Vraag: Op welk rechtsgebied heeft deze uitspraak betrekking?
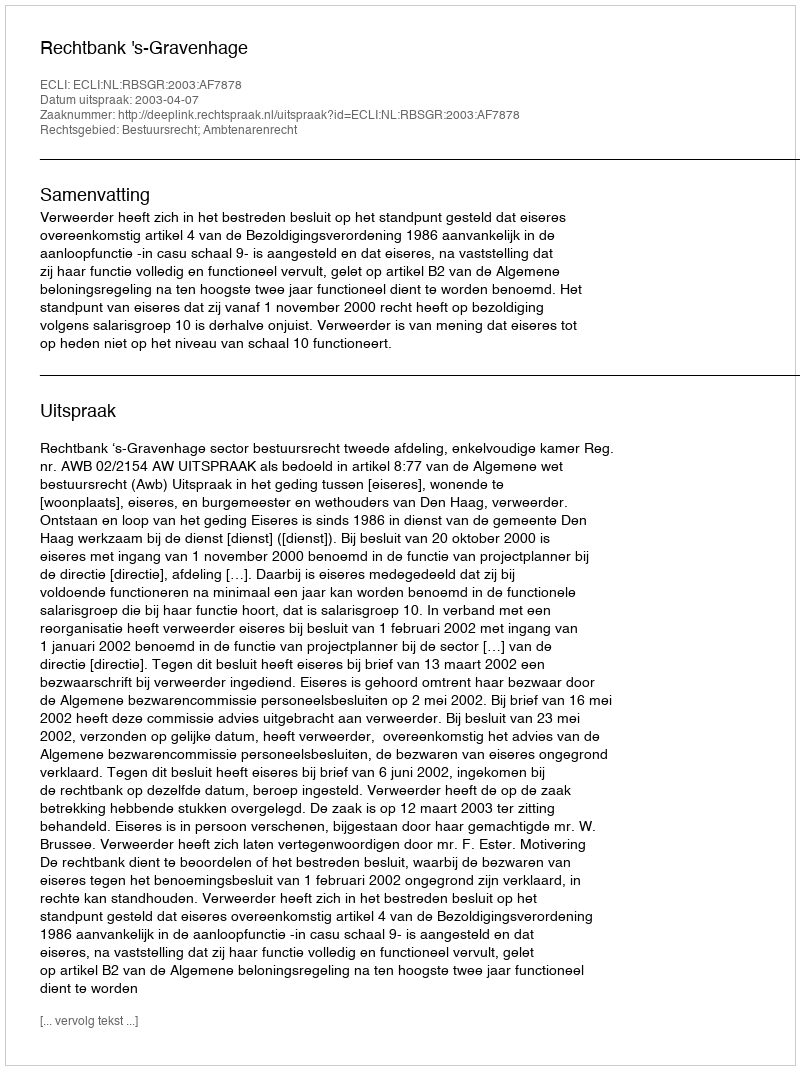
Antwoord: Bestuursrecht; Ambtenarenrecht